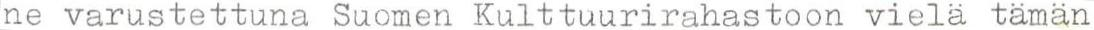
ne varustettuna Suomen Kulttuurirahastoon vielä tämän